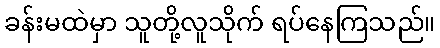
ခန်းမထဲမှာ သူတို့လူသိုက် ရပ်နေကြသည်။